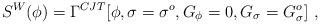
LaTeX: \begin{align*}S^W(\phi) = \Gamma^{CJT} [\phi, \sigma = \sigma^o, G_\phi=0, G_\sigma=G_\sigma^o] ~,\end{align*}